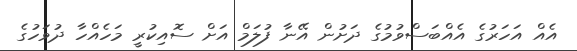
އެއް އަހަރުގެ އެއްބަސްވުމުގެ ދަށުން އޭނާ ފުލަމް އަށް ސޮއިކުރީ މަހެއްހާ ދުވަހުގެ